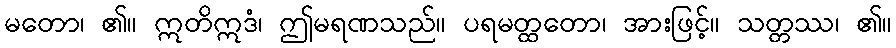
မတော၊ ၏။ ဣတိဣဒံ၊ ဤမရဏသည်။ ပရမတ္ထတော၊ အားဖြင့်။ သတ္တဿ၊ ၏။